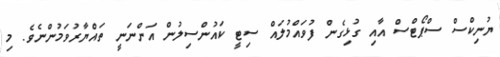
ޔުނިކްސް ސްޕޯޓްސް އާއި ގުޅިގެން ފުވައްމުލައް ސިޓީ ކައުންސިލުން އަންނަނީ ތައްޔާރުވަމުންނެވެ. މި